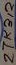
Text: ZTK312